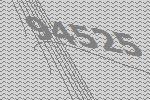
94525